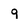
Character: q